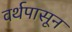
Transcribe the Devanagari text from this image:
वर्थपासून